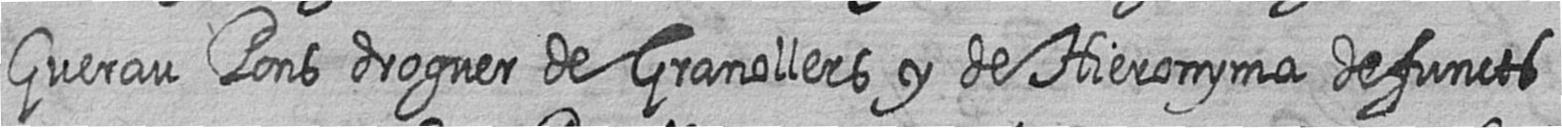
Guerau Pons droguer de Granollers y de Hieronyma defuncts